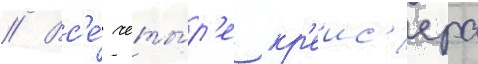
// Вс'е́ четы́р'е кр'еис'ера